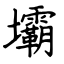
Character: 壩